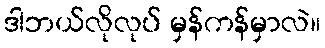
ဒါဘယ်လိုလုပ် မှန်ကန်မှာလဲ။